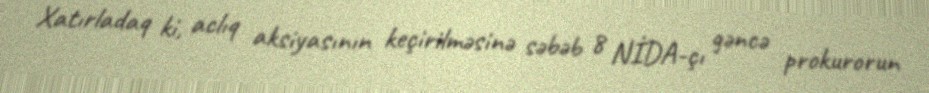
Xatırladaq ki, aclıq aksiyasının keçirilməsinə səbəb 8 NİDA-çı gəncə prokurorun